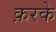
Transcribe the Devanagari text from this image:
क़रके